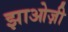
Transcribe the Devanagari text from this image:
झाओज़ी